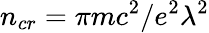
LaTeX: n_{cr}=\pi mc^{2}/e^{2}\lambda^{2}